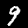
Label: 9